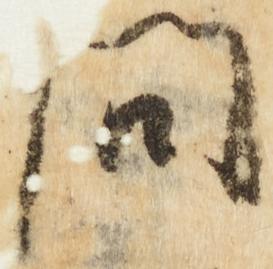
問